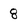
Character: 8